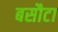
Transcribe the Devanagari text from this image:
बसौटा